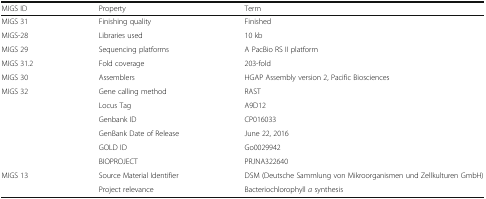
<table><thead><tr><td><b>MIGS ID</b></td><td><b>Property</b></td><td><b>Term</b></td></tr></thead><tbody><tr><td>MIGS 31</td><td>Finishing quality</td><td>Finished</td></tr><tr><td>MIGS-28</td><td>Libraries used</td><td>10 kb</td></tr><tr><td>MIGS 29</td><td>Sequencing platforms</td><td>A PacBio RS II platform</td></tr><tr><td>MIGS 31.2</td><td>Fold coverage</td><td>203-fold</td></tr><tr><td>MIGS 30</td><td>Assemblers</td><td>HGAP Assembly version 2, Pacific Biosciences</td></tr><tr><td>MIGS 32</td><td>Gene calling method</td><td>RAST</td></tr><tr><td></td><td>Locus Tag</td><td>A9D12</td></tr><tr><td></td><td>Genbank ID</td><td>CP016033</td></tr><tr><td></td><td>GenBank Date of Release</td><td>June 22, 2016</td></tr><tr><td></td><td>GOLD ID</td><td>Go0029942</td></tr><tr><td></td><td>BIOPROJECT</td><td>PRJNA322640</td></tr><tr><td>MIGS 13</td><td>Source Material Identifier</td><td>DSM (Deutsche Sammlung von Mikroorganismen und Zellkulturen GmbH)</td></tr><tr><td></td><td>Project relevance</td><td>Bacteriochlorophyll <i>a</i> synthesis</td></tr></tbody></table>